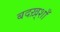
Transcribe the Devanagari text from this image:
बदख़्शाँ